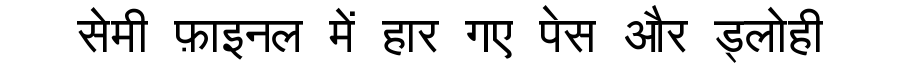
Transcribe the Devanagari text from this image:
सेमी फ़ाइनल में हार गए पेस और ड्लोही